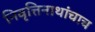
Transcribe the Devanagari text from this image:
निवृत्तिनाथांचाच